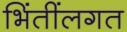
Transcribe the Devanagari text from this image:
भिंतींलगत